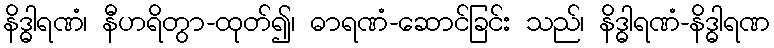
နိဒ္ဓါရဏံ၊ နီဟရိတွာ-ထုတ်၍၊ ဓာရဏံ-ဆောင်ခြင်း သည်၊ နိဒ္ဓါရဏံ-နိဒ္ဓါရဏ